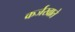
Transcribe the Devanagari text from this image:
कर्जखाते